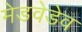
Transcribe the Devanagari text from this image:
मेडवेडेव